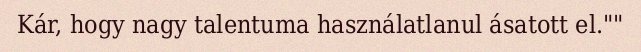
Kár, hogy nagy talentuma használatlanul ásatott el.""